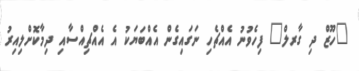
"ހޫޒް ދި ގާރލް" ފިހެވުނު އެއްޗެހި ނަގައިގެން އެއްބަޔަކު އެ އެއްޗިއްސާއި ދިމާކޮށްލިއިރު